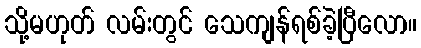
သို့မဟုတ် လမ်းတွင် သေကျန်ရစ်ခဲ့ပြီလော။